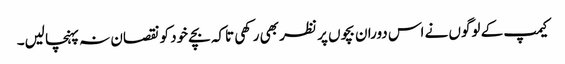
کیمپ کے لوگوں نے اس دوران بچوں پر نظر بھی رکھی تاکہ بچے خود کو نقصان نہ پہنچا لیں۔